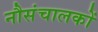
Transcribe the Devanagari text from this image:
नौसंचालकों